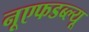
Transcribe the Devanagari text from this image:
नूएफडब्ल्यू